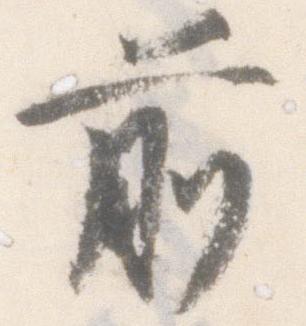
前